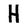
Character: H